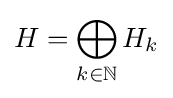
H=\bigoplus _{k\in \mathbb {N} }H_{k}